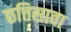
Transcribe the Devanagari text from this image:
छत्तिसावा